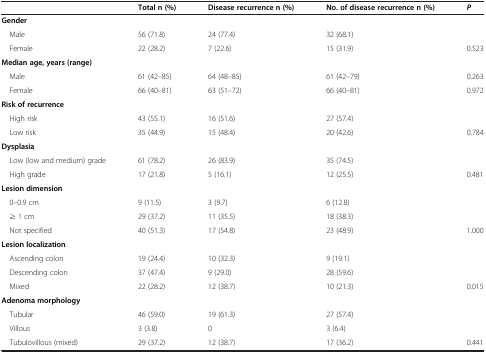
<table><thead><tr><td>[EMPTY_CELL]</td><td><b>Total n (%)</b></td><td><b>Disease recurrence n (%)</b></td><td><b>No. of disease recurrence n (%)</b></td><td><b><i>P</i></b></td></tr></thead><tbody><tr><td><b>Gender</b></td><td>[EMPTY_CELL]</td><td>[EMPTY_CELL]</td><td>[EMPTY_CELL]</td><td>[EMPTY_CELL]</td></tr><tr><td> Male</td><td>56 (71.8)</td><td>24 (77.4)</td><td>32 (68.1)</td><td>[EMPTY_CELL]</td></tr><tr><td> Female</td><td>22 (28.2)</td><td>7 (22.6)</td><td>15 (31.9)</td><td>0.523</td></tr><tr><td><b>Median age, years (range)</b></td><td>[EMPTY_CELL]</td><td>[EMPTY_CELL]</td><td>[EMPTY_CELL]</td><td>[EMPTY_CELL]</td></tr><tr><td> Male</td><td>61 (42–85)</td><td>64 (48–85)</td><td>61 (42–79)</td><td>0.263</td></tr><tr><td> Female</td><td>66 (40–81)</td><td>63 (51–72)</td><td>66 (40–81)</td><td>0.972</td></tr><tr><td><b>Risk of recurrence</b></td><td>[EMPTY_CELL]</td><td>[EMPTY_CELL]</td><td>[EMPTY_CELL]</td><td>[EMPTY_CELL]</td></tr><tr><td> High risk</td><td>43 (55.1)</td><td>16 (51.6)</td><td>27 (57.4)</td><td>[EMPTY_CELL]</td></tr><tr><td> Low risk</td><td>35 (44.9)</td><td>15 (48.4)</td><td>20 (42.6)</td><td>0.784</td></tr><tr><td><b>Dysplasia</b></td><td>[EMPTY_CELL]</td><td>[EMPTY_CELL]</td><td>[EMPTY_CELL]</td><td>[EMPTY_CELL]</td></tr><tr><td> Low (low and medium) grade</td><td>61 (78.2)</td><td>26 (83.9)</td><td>35 (74.5)</td><td>[EMPTY_CELL]</td></tr><tr><td> High grade</td><td>17 (21.8)</td><td>5 (16.1)</td><td>12 (25.5)</td><td>0.481</td></tr><tr><td><b>Lesion dimension</b></td><td>[EMPTY_CELL]</td><td>[EMPTY_CELL]</td><td>[EMPTY_CELL]</td><td>[EMPTY_CELL]</td></tr><tr><td> 0–0.9 cm</td><td>9 (11.5)</td><td>3 (9.7)</td><td>6 (12.8)</td><td>[EMPTY_CELL]</td></tr><tr><td> ≥ 1 cm</td><td>29 (37.2)</td><td>11 (35.5)</td><td>18 (38.3)</td><td>[EMPTY_CELL]</td></tr><tr><td> Not specified</td><td>40 (51.3)</td><td>17 (54.8)</td><td>23 (48.9)</td><td>1.000</td></tr><tr><td><b>Lesion localization</b></td><td>[EMPTY_CELL]</td><td>[EMPTY_CELL]</td><td>[EMPTY_CELL]</td><td>[EMPTY_CELL]</td></tr><tr><td> Ascending colon</td><td>19 (24.4)</td><td>10 (32.3)</td><td>9 (19.1)</td><td>[EMPTY_CELL]</td></tr><tr><td> Descending colon</td><td>37 (47.4)</td><td>9 (29.0)</td><td>28 (59.6)</td><td>[EMPTY_CELL]</td></tr><tr><td> Mixed</td><td>22 (28.2)</td><td>12 (38.7)</td><td>10 (21.3)</td><td>0.015</td></tr><tr><td><b>Adenoma morphology</b></td><td>[EMPTY_CELL]</td><td>[EMPTY_CELL]</td><td>[EMPTY_CELL]</td><td>[EMPTY_CELL]</td></tr><tr><td> Tubular</td><td>46 (59.0)</td><td>19 (61.3)</td><td>27 (57.4)</td><td>[EMPTY_CELL]</td></tr><tr><td> Villous</td><td>3 (3.8)</td><td>0</td><td>3 (6.4)</td><td>[EMPTY_CELL]</td></tr><tr><td> Tubulovillous (mixed)</td><td>29 (37.2)</td><td>12 (38.7)</td><td>17 (36.2)</td><td>0.441</td></tr></tbody></table>